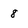
Character: 8